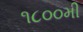
૧૮૦૦મી